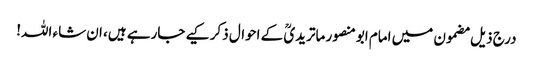
درج ذیل مضمون میں امام ابومنصور ماتریدیؒ کے احوال ذکر کیے جارہے ہیں، ان شاء اللہ!